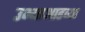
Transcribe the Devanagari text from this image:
उभ्याआडव्या